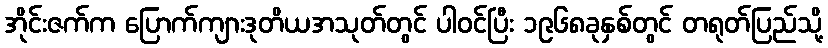
အိုင်းဇက်က ပြောက်ကျားဒုတိယအသုတ်တွင် ပါဝင်ပြီး ၁၉၆၈ခုနှစ်တွင် တရုတ်ပြည်သို့